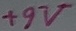
Text: +9V